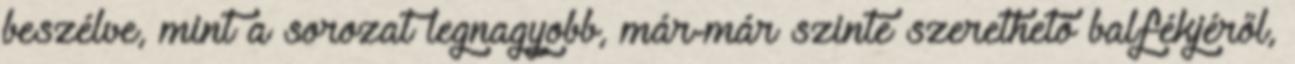
beszélve, mint a sorozat legnagyobb, már-már szinte szerethető balfékjéről,